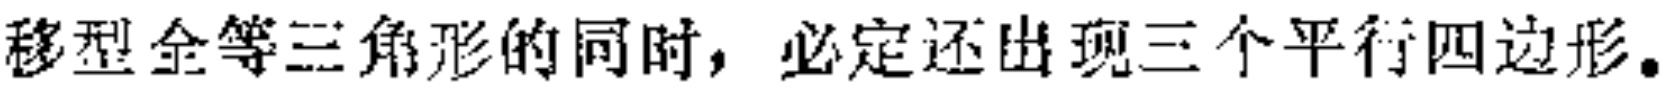
移型全等三角形的同时，必定还出现三个平行四边形。